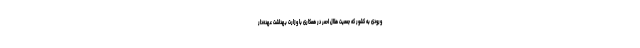
ورودی به کشور که جمعیت هلال احمر در همکاری با وزارت بهداشت عهده‌دار